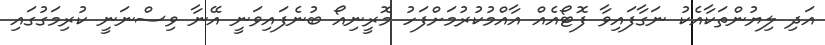
އަދި ލިޔުންތަކާއެކު ނަގާފައިވާ ފޮޓޯއެއް އާއްމުކުރުމަށްފަހު މޮރީނިއޯ ބުނެފައިވަނީ އޭނާ ވިސްނަނީ ކުރިމަގުގައި